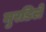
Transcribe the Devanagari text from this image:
मुरडिले